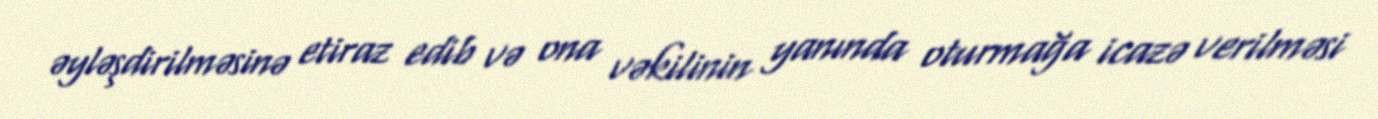
əyləşdirilməsinə etiraz edib və ona vəkilinin yanında oturmağa icazə verilməsi